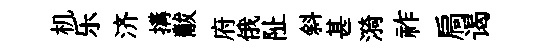
机乐济搆黻府俄阯斜甚漪祚扃谒